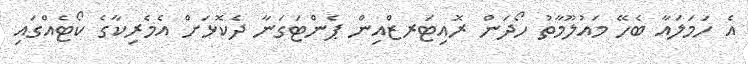
އެ ހަމަލައާ ބެހޭ މައުލޫމާތު ހޯދަން ރޮއިޓަރޒްއިން ޕެންޓަގަނާ ދެކޮޅަށް އެމެރިކާގެ ކޯޓެއްގައި